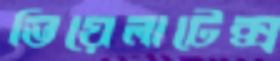
ভিয়েলাটেক্স